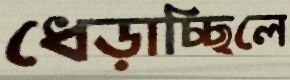
ধেড়াচ্ছিলে